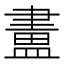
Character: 𥂛